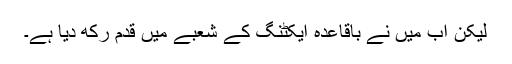
لیکن اب میں نے باقاعدہ ایکٹنگ کے شعبے میں قدم رکھ دیا ہے۔